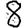
Digit: 8